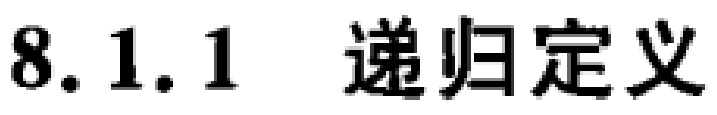
\subsection{8.1.1 递归定义}